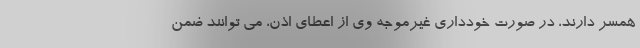
همسر دارند، در صورت خودداری غیرموجه وی از اعطای اذن، می توانند ضمن